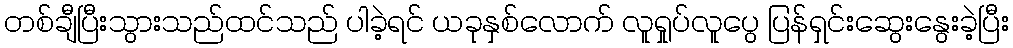
တစ်ချီပြီးသွားသည်ထင်သည် ပါခဲ့ရင် ယခုနှစ်လောက် လူရှုပ်လူပွေ ပြန်ရှင်းဆွေးနွေးခဲ့ပြီး